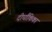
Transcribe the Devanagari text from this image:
दीर्घांकिका